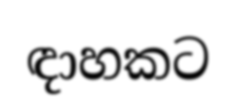
ඳාහකට